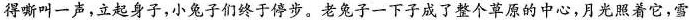
得嘶叫一声，立起身子，小兔子们终于停步。老兔子一下子成了整个草原的中心，月光照着它，雪